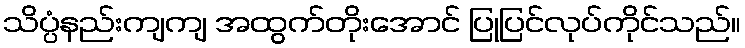
သိပ္ပံနည်းကျကျ အထွက်တိုးအောင် ပြုပြင်လုပ်ကိုင်သည်။